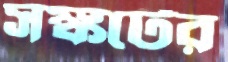
সঙ্কটের